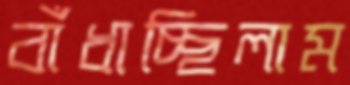
বাঁধাচ্ছিলাম